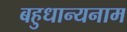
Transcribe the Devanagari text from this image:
बहुधान्यनाम